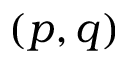
( p , q )